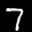
Label: 7